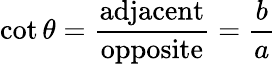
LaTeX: \cot\theta={\frac{\mathrm{adjacent}}{\mathrm{opposite}}}={\frac{b}{a}}